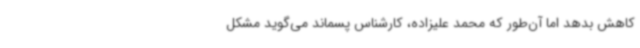
کاهش بدهد اما آن‌طور که محمد علیزاده، کارشناس پسماند می‌گوید مشکل